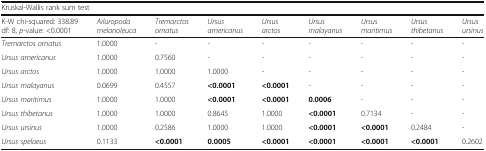
<table><thead><tr><td colspan="9"><b>Kruskal-Wallis rank sum test</b></td></tr><tr><td><b>K-W chi-squared: 338.89 df: 8, <i>p</i>-value: &lt;0.0001</b></td><td><b><i>Ailuropoda melanoleuca</i></b></td><td><b><i>Tremarctos ornatus</i></b></td><td><b><i>Ursus americanus</i></b></td><td><b><i>Ursus arctos</i></b></td><td><b><i>Ursus malayanus</i></b></td><td><b><i>Ursus maritimus</i></b></td><td><b><i>Ursus thibetanus</i></b></td><td><b><i>Ursus ursinus</i></b></td></tr></thead><tbody><tr><td><i>Tremarctos ornatus</i></td><td>1.0000</td><td>-</td><td>-</td><td>-</td><td>-</td><td>-</td><td>-</td><td>-</td></tr><tr><td><i>Ursus americanus</i></td><td>1.0000</td><td>0.7560</td><td>-</td><td>-</td><td>-</td><td>-</td><td>-</td><td>-</td></tr><tr><td><i>Ursus arctos</i></td><td>1.0000</td><td>1.0000</td><td>1.0000</td><td>-</td><td>-</td><td>-</td><td>-</td><td>-</td></tr><tr><td><i>Ursus malayanus</i></td><td>0.0699</td><td>0.4557</td><td><b>&lt;0.0001</b></td><td><b>&lt;0.0001</b></td><td>-</td><td>-</td><td>-</td><td>-</td></tr><tr><td><i>Ursus maritimus</i></td><td>1.0000</td><td>1.0000</td><td><b>&lt;0.0001</b></td><td><b>&lt;0.0001</b></td><td><b>0.0006</b></td><td>-</td><td>-</td><td>-</td></tr><tr><td><i>Ursus thibetanus</i></td><td>1.0000</td><td>1.0000</td><td>0.8645</td><td>1.0000</td><td><b>&lt;0.0001</b></td><td>0.7134</td><td>-</td><td>-</td></tr><tr><td><i>Ursus ursinus</i></td><td>1.0000</td><td>0.2586</td><td>1.0000</td><td>1.0000</td><td><b>&lt;0.0001</b></td><td><b>&lt;0.0001</b></td><td>0.2484</td><td>-</td></tr><tr><td><i>Ursus spelaeus</i></td><td>0.1133</td><td><b>&lt;0.0001</b></td><td><b>0.0005</b></td><td><b>&lt;0.0001</b></td><td><b>&lt;0.0001</b></td><td><b>&lt;0.0001</b></td><td><b>&lt;0.0001</b></td><td>0.2602</td></tr></tbody></table>